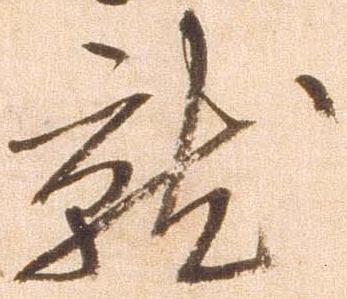
就